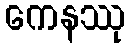
ကေနဿု